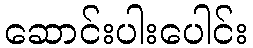
ဆောင်းပါးပေါင်း